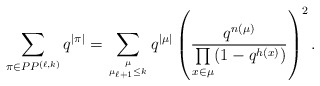
\begin{gather*} \sum_{\pi \in PP^{(\ell,k)}} q^{|\pi|} = \sum_{\mu \atop \mu_{\ell+1} \le k} q^{|\mu|} \left(\frac{q^{n(\mu)}}{\prod\limits_{x \in \mu} (1-q^{h(x)})} \right)^2. \end{gather*}